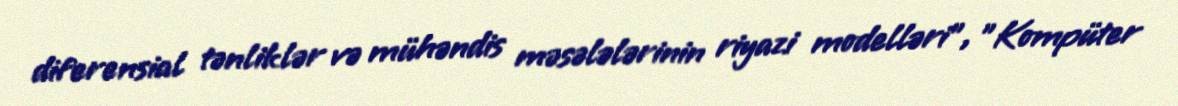
diferensial tənliklər və mühəndis məsələlərinin riyazi modelləri", "Kompüter